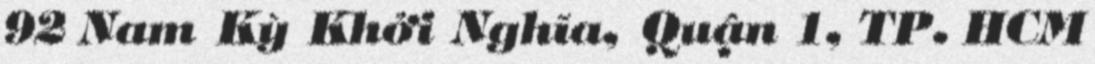
92 Nam Kỳ Khởi Nghĩa, Quận 1, TP. HCM